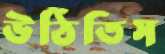
উঠিতিস